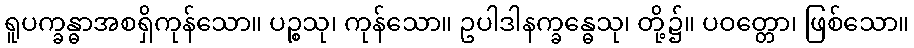
ရူပက္ခန္ဓာအစရှိကုန်သော။ ပဉ္စသု၊ ကုန်သော။ ဥပါဒါနက္ခန္ဓေသု၊ တို့၌။ ပဝတ္တော၊ ဖြစ်သော။